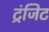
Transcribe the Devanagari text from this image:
ट्रंजिट